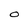
Character: 0